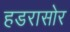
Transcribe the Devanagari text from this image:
हडरासोर